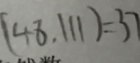
( 4 8 , 1 1 1 ) = 3 7